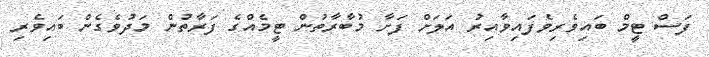
ފަސް ޓީމް ބައިވެރިވެފައިވާއިރު އަލަށް ފަށާ މުބާރާތުން ޓީމެއްގެ ފަރާތުން މަދުވެގެން ބައިވެރި